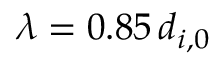
{ \lambda = 0 . 8 5 \, d _ { i , 0 } }